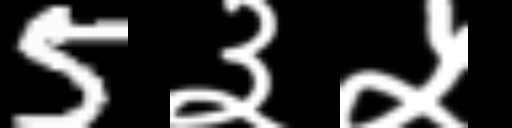
Text: 5३५